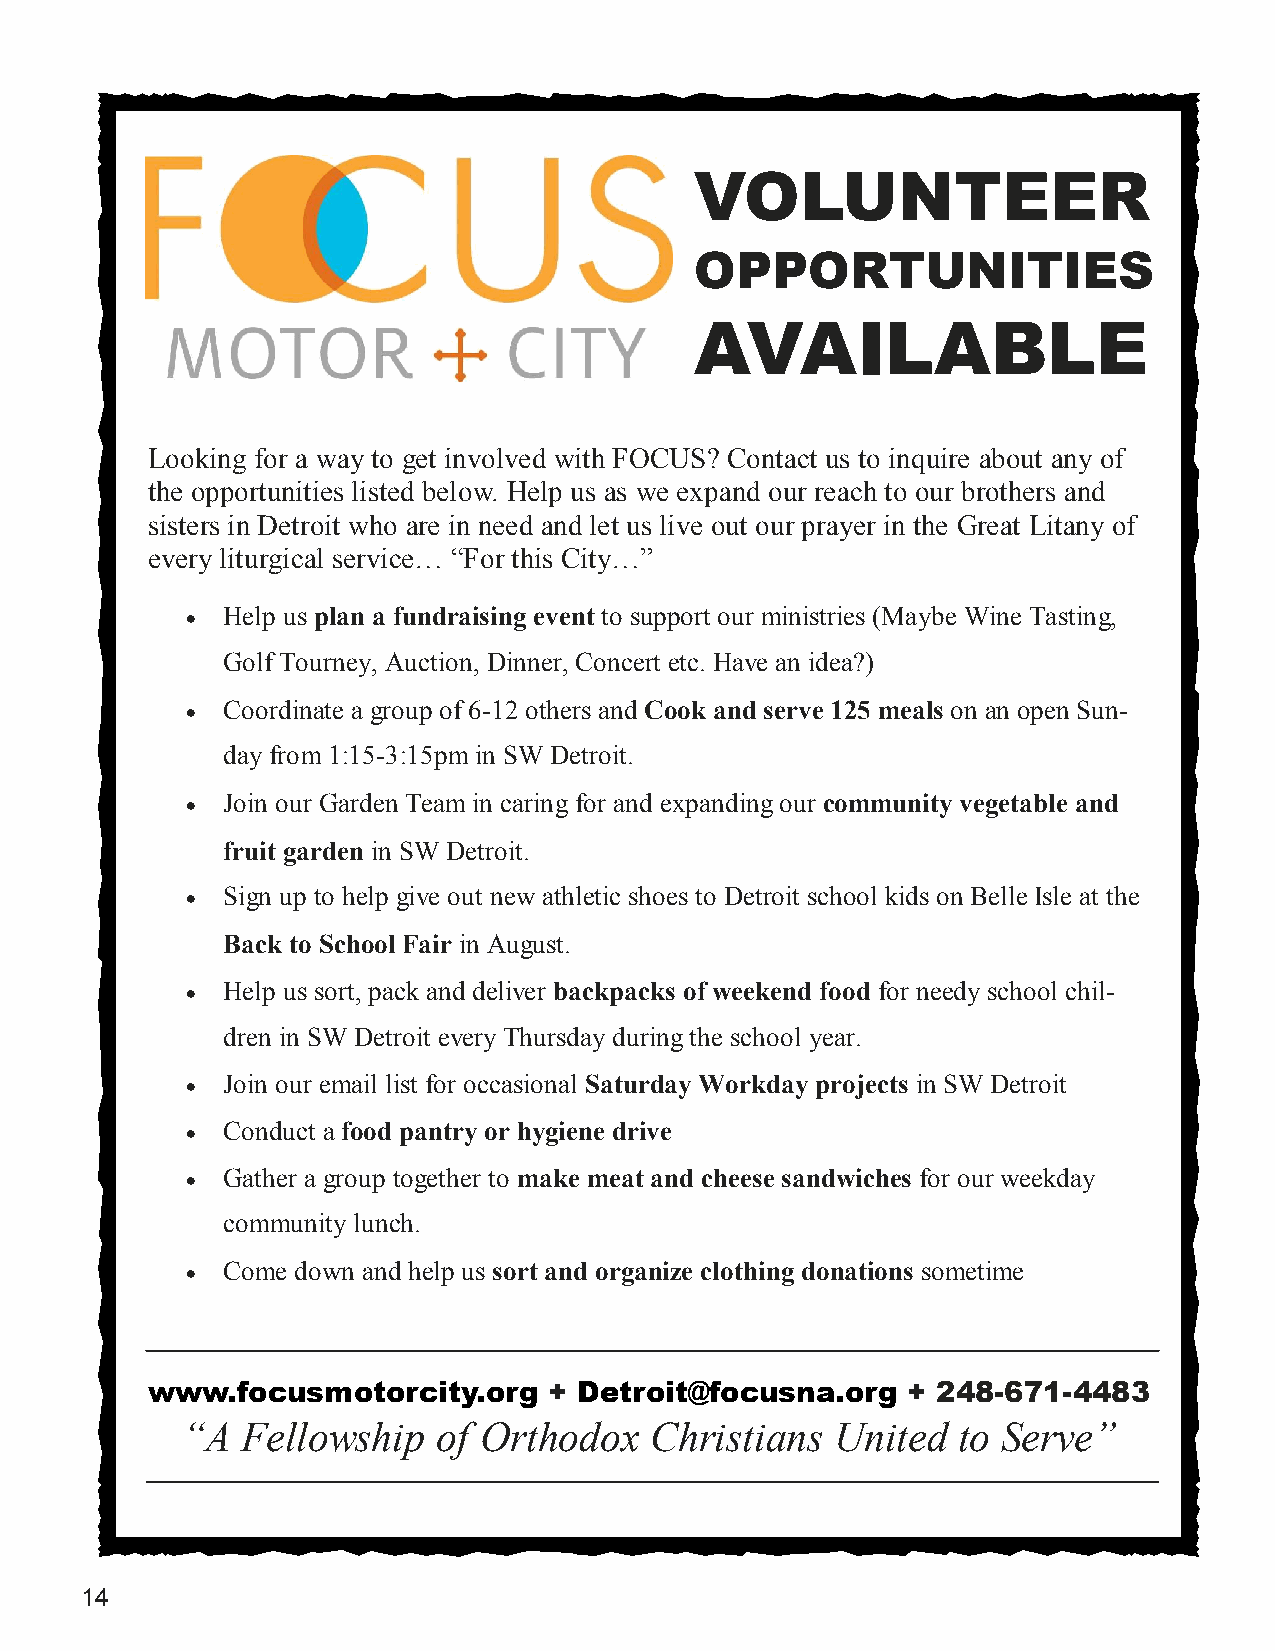
VOLUNTEER
 OPPORTUNITIES
 AVAILABLE
 Looking for a way to get involved with FOCUS? Contact us to inquire about any of
 the opportunities listed below. Help us as we expand our reach to our brothers and
 sisters in Detroit who are in need and let us live out our prayer in the Great Litany of
 every liturgical service… “For this City…”
 •  Help us plan a fundraising event to support our ministries (Maybe Wine Tasting,
 Golf Tourney, Auction, Dinner, Concert etc. Have an idea?)
 •  Coordinate a group of 6-12 others and Cook and serve 125 meals on an open Sun-
 day from 1:15-3:15pm in SW Detroit.
 •  Join our Garden Team in caring for and expanding our community vegetable and
 fruit garden in SW Detroit.
 •  Sign up to help give out new athletic shoes to Detroit school kids on Belle Isle at the
 Back to School Fair in August.
 •  Help us sort, pack and deliver backpacks of weekend food for needy school chil-
 dren in SW Detroit every Thursday during the school year.
 •  Join our email list for occasional Saturday Workday projects in SW Detroit
 •  Conduct a food pantry or hygiene drive
 •  Gather a group together to make meat and cheese sandwiches for our weekday
 community lunch.
 •  Come down and help us sort and organize clothing donations sometime
 www.focusmotorcity.org    + Detroit@focusna.org   + 248-671-4483
 “A  Fellowship   of Orthodox   Christians  United  to Serve”
 14